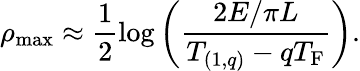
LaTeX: \rho_{\mathrm{max}}\approx{\frac{1}{2}}{\log}\left({\frac{2E/\pi L}{T_{(1,q)}-qT_{\mathrm{F}}}}\right).